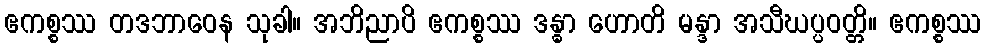
ဧကစ္စဿ တဒဘာဝေန သုခါ။ အဘိညာပိ ဧကစ္စဿ ဒန္ဓာ ဟောတိ မန္ဒာ အသီဃပ္ပဝတ္တိ။ ဧကစ္စဿ